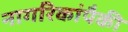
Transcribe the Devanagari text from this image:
नागरिकांपैकी